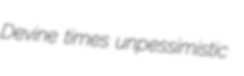
Devine times unpessimistic